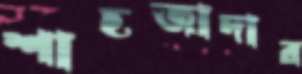
শাহজাদার